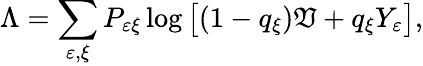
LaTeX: \Lambda=\sum_{\varepsilon,\xi}P_{\varepsilon\xi}\log\big[(1-q_{\xi})\mathfrak{V}+q_{\xi}Y_{\varepsilon}\big],